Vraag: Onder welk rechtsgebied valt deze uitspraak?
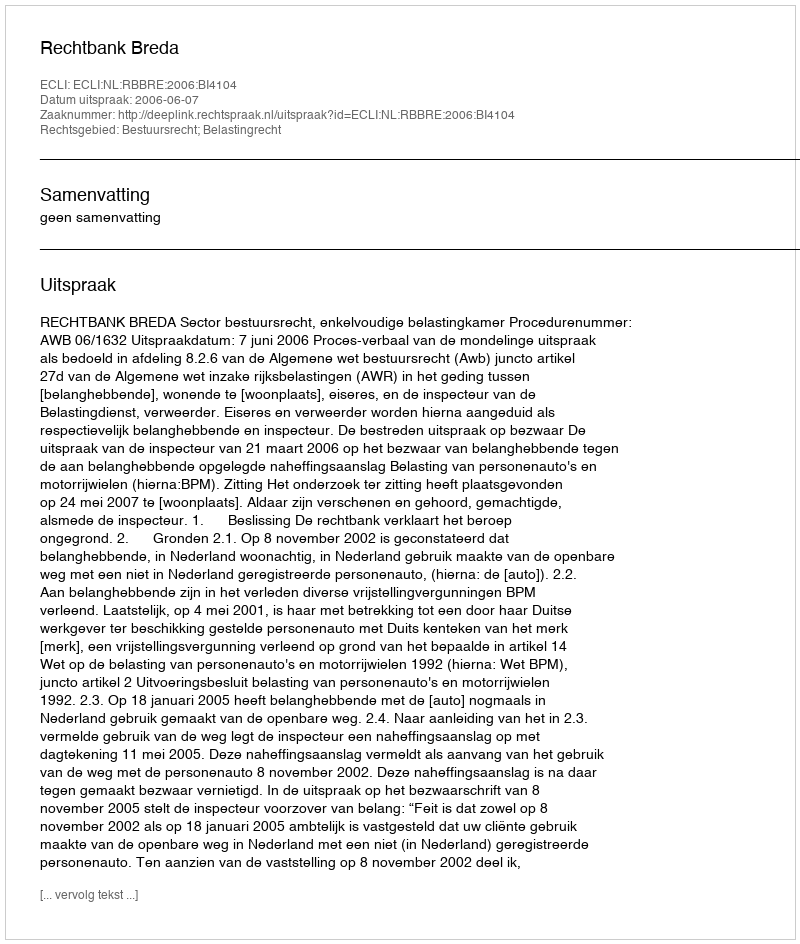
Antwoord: Bestuursrecht; Belastingrecht